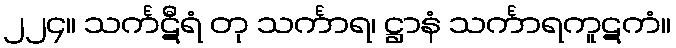
၂၂၄။ သင်္ကဋီရံ တု သင်္ကာရ၊ ဋ္ဌာနံ သင်္ကာရကူဋကံ။